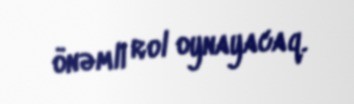
önəmli rol oynayacaq.